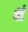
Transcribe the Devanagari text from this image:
क्षं